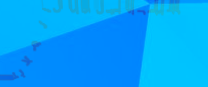
مركز لغسيل وكي الملابس وا